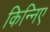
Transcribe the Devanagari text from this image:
किन्निए